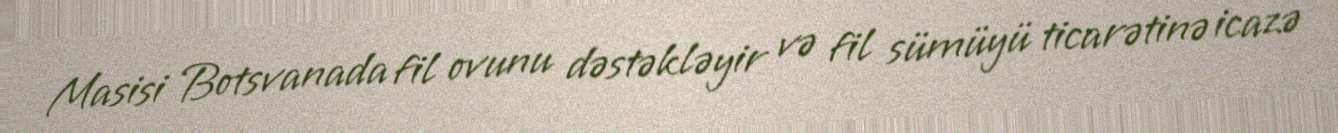
Masisi Botsvanada fil ovunu dəstəkləyir və fil sümüyü ticarətinə icazə